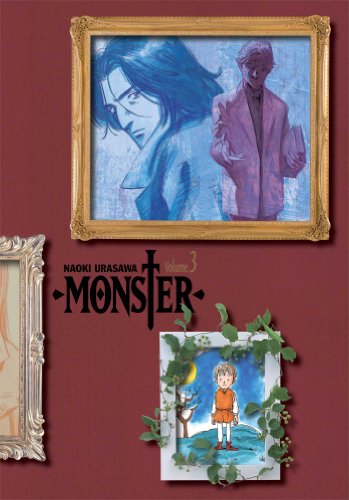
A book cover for Monster, Vol. 3: The Perfect Edition; Naoki Urasawa; Comics & Graphic Novels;